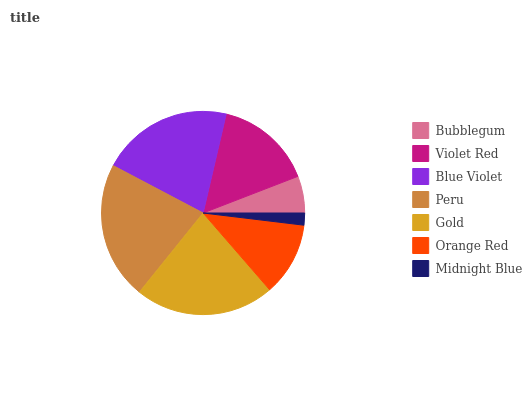
| Bubblegum | Violet Red | Blue Violet | Peru | Gold | Orange Red | Midnight Blue |
 | --- | --- | --- | --- | --- | --- | --- |
 | 5.87% | 15.5% | 21% | 21.9% | 22.1% | 11.7% | 1.91% |